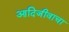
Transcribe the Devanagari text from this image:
आदिजीवाचा